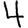
Digit: 4